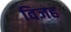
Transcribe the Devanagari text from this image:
विजह